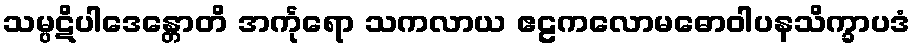
သမ္ပဋိပါဒေန္တောတိ အင်္ကုရော သကလာယ ဧဠကလောမဓောဝါပနသိက္ခာပဒံ